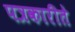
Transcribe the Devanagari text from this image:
पत्रकारीते